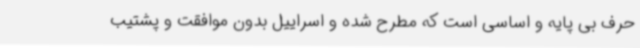
حرف بی پایه و اساسی است که مطرح شده و اسراییل بدون موافقت و پشتیب